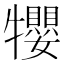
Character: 𤜉